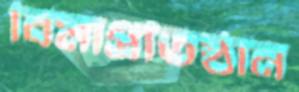
বিমাপ্রতিষ্ঠান